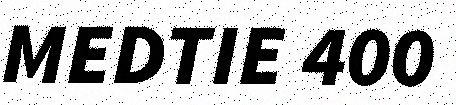
MEDTIE 400